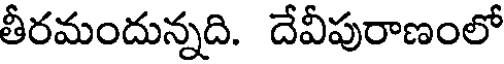
తీరమందున్నది. దేవీపురాణంలో